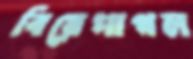
বিয়েপাগল